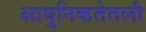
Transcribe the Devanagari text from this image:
आधुनिकतेतली